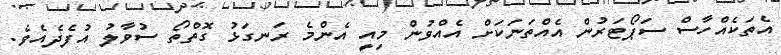
އެތަކެއްހާސް ސަޕޯޓަރުން އެއްތަނަކަށް އެއްވުން މިއީ އެންމެ ރަނގަޅު ގޮތްތޯ ސުވާލު އުފެދެއެވެ.